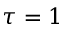
\tau = 1